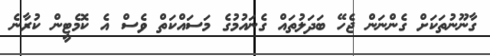
ގާނޫނުތަކަށް ގެންނަން ޖެހޭ ބަދަލުތައް ގެނައުމުގެ މަސައްކަތް ވެސް އެ ކޮމެޓީން ކުރާނެ